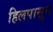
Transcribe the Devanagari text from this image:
हिलपासून